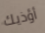
أؤذيك